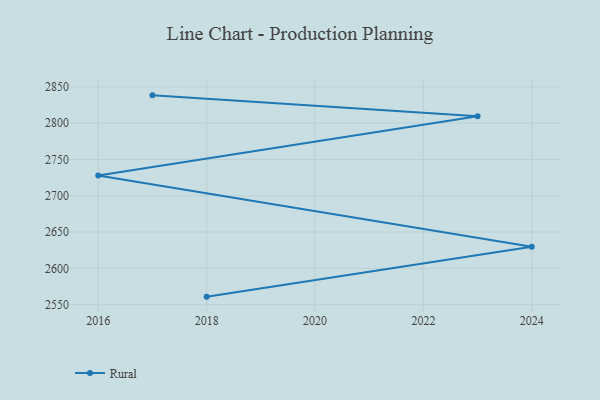
{"axis": {"x": "Year", "y": "Market Share (%)"}, "legend": ["Rural"], "data": [{"x": "2017", "y": 2838.3, "type": "Rural"}, {"x": "2023", "y": 2809.4, "type": "Rural"}, {"x": "2016", "y": 2727.9, "type": "Rural"}, {"x": "2024", "y": 2629.7, "type": "Rural"}, {"x": "2018", "y": 2561.0, "type": "Rural"}]}